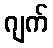
ဂျက်